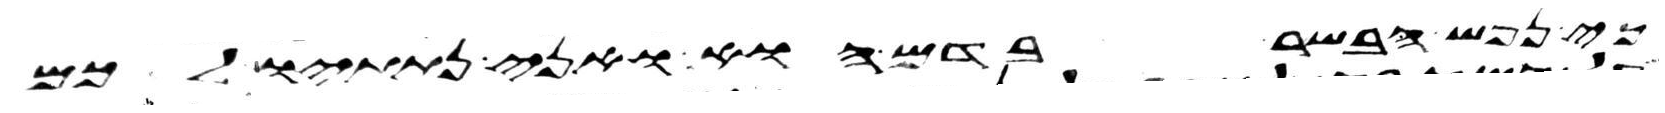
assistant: כי נפש הבשר בדם הוא ואני נתתיו לכם